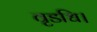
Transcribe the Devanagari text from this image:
वृडधि।